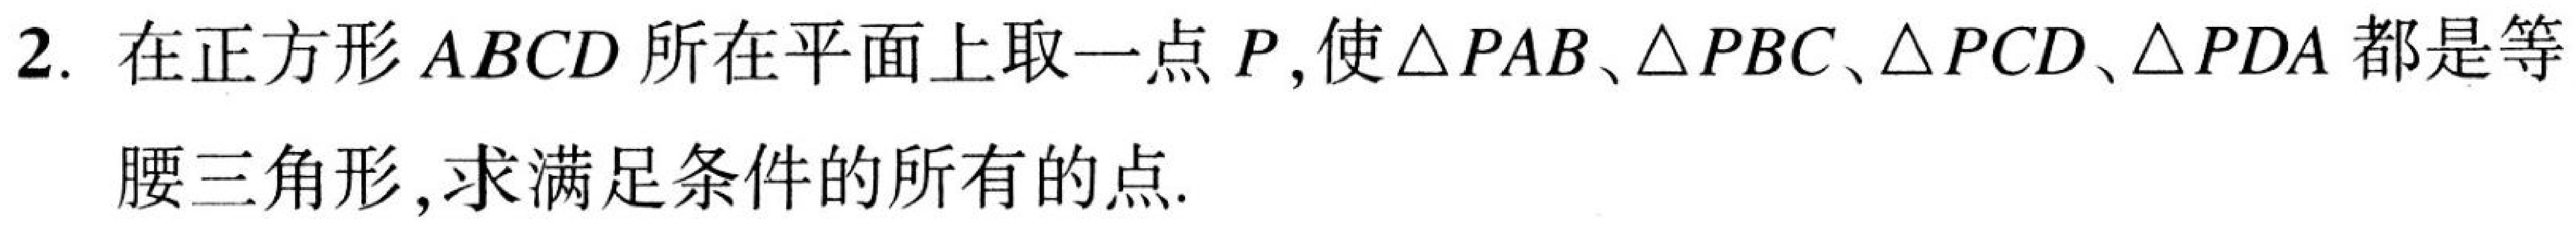
2. 在正方形$ABCD$所在平面上取一点$P$,使$\triangle PAB$、$\triangle PBC$、$\triangle PCD$、$\triangle PDA$都是等
腰三角形,求满足条件的所有的点.